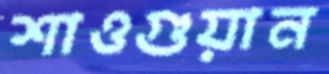
শাওগুয়ান